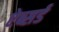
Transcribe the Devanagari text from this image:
ऐब्सर्ड